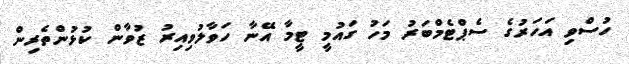
ހުސްވި އަހަރުގެ ސެޕްޓެމްބަރު މަހު ގައުމީ ޓީމާ އޭނާ ހަވާލުވިއިރު ޒުވާން ކުޅުންތެރިން